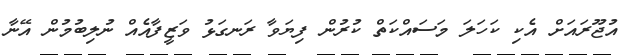
އުޖޫރައަށް އެކި ކަހަލަ މަސައްކަތް ކުރުން ފިޔަވާ ރަނގަޅު ވަޒީފާއެއް ނުލިބުމުން އޭނާ